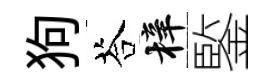
狗荅梓鍳